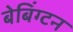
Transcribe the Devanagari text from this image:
बेबिंग्टन